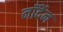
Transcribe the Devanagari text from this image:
नॉर्देन